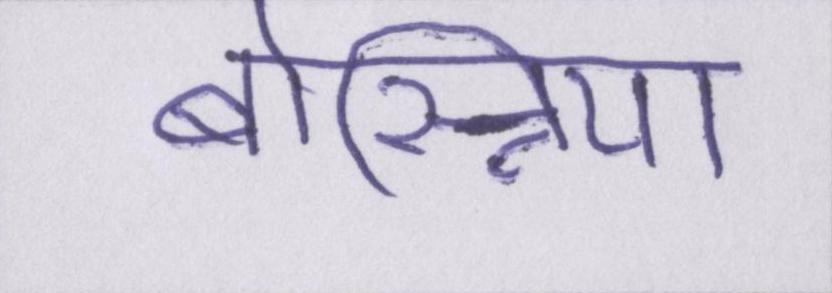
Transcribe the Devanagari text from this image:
बोस्निया